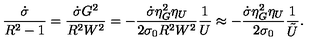
\frac { \dot { \sigma } } { R ^ { 2 } - 1 } = \frac { \dot { \sigma } G ^ { 2 } } { R ^ { 2 } W ^ { 2 } } = - \frac { \dot { \sigma } \eta _ { G } ^ { 2 } \eta _ { U } } { 2 \sigma _ { 0 } R ^ { 2 } W ^ { 2 } } \frac { 1 } { U } \approx - \frac { \dot { \sigma } \eta _ { G } ^ { 2 } \eta _ { U } } { 2 \sigma _ { 0 } } \frac { 1 } { \tilde { U } } .